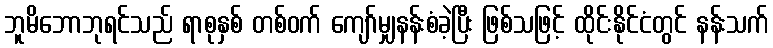
ဘူမိဘောဘုရင်သည် ရာစုနှစ် တစ်ဝက် ကျော်မျှနန်းစံခဲ့ပြီး ဖြစ်သဖြင့် ထိုင်းနိုင်ငံတွင် နန်းသက်